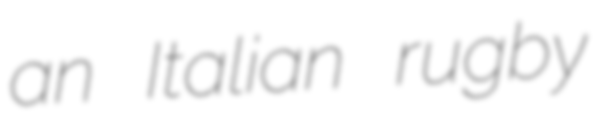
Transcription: an Italian rugby